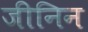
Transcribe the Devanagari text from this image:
जीनिन